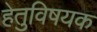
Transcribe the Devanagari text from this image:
हेतुविषयक